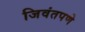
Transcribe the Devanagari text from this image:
जिवंतपणे